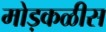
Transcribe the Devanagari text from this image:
मोड़कळीस